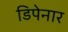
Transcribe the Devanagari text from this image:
डिपेनार